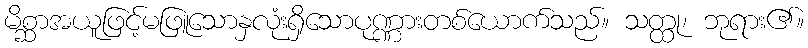
မိစ္ဆာအယူဖြင့်မဖြူသောနှလုံးရှိသောပုဏ္ဏားတစ်ယောက်သည်။ သတ္ထု၊ ဘုရား၏။